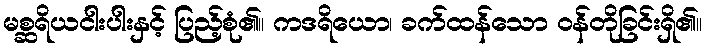
မစ္ဆရိယငါးပါးနှင့် ပြည့်စုံ၏။ ကဒရိယော၊ ခက်ထန်သော ဝန်တိုခြင်းရှိ၏။